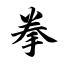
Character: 拳